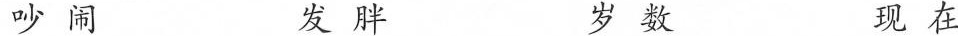
吵闹 发胖 岁数 现在